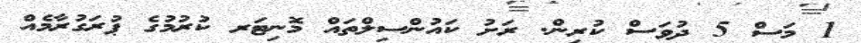
1 މަސް 5 ދުވަސް ކުރިން. ރަށު ކައުންސިލްތައް މޮނިޓަރ ކުރުމުގެ ޕުރަގުރާމެއް